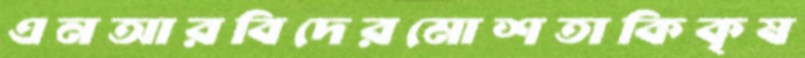
এনআরবিদেরমোশতাকিকৃষ